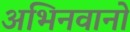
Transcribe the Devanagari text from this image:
अभिनवानो